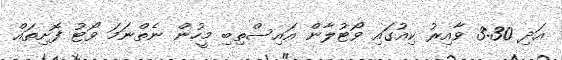
އަދި 3:30 ވާއިރު ކިއުގައި ވޯޓުލާން އައިސްތިބި މީހުން ނެތްނަމަ ވޯޓު ފޮށިތައް